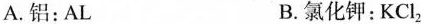
A.铝：AL B.氯化钾：KCl_{2}